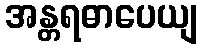
အန္တရဓာပေယျ